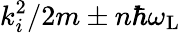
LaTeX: k_{i}^{2}/2m\pm n\hbar\omega_{\mathrm{L}}